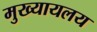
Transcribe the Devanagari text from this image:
मुख्यायलय